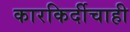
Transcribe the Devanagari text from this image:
कारकिर्दीचाही